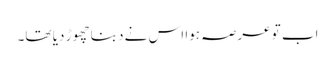
اب تو عرصہ ہوا اس نے دبنا چھوڑ دیا تھا۔